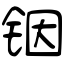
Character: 铟